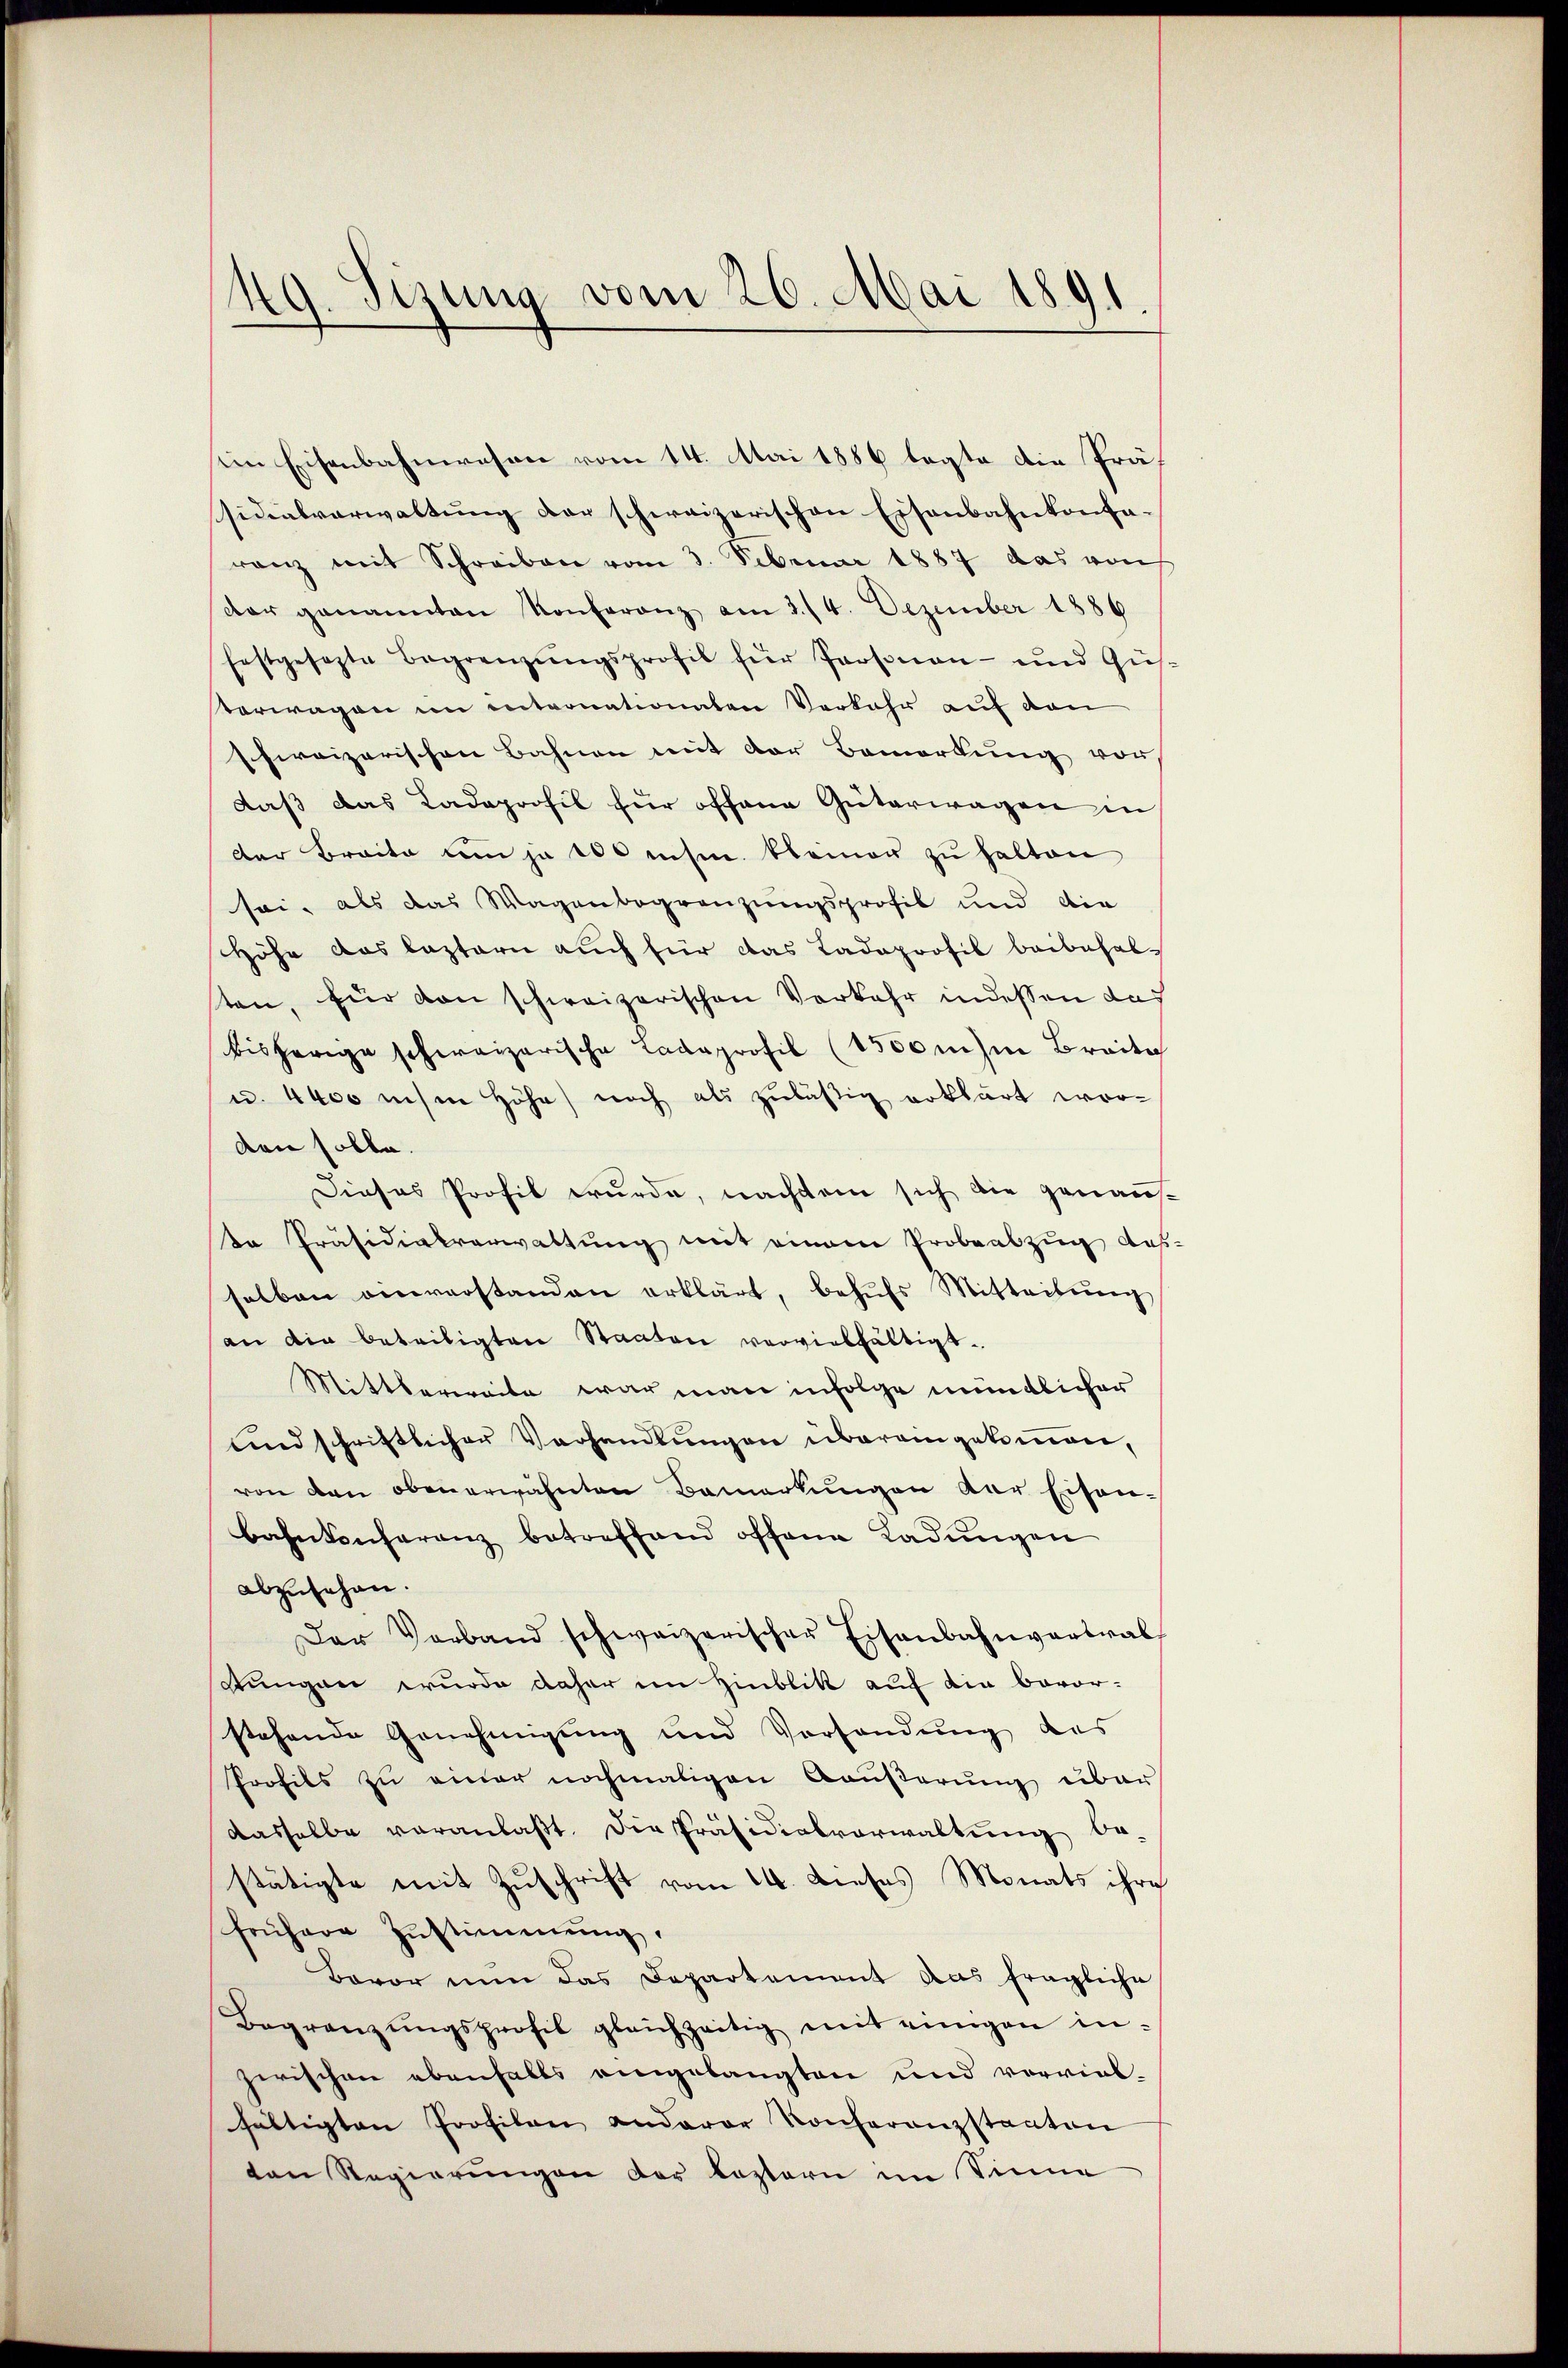
Sirung vom 26. Mai 1891
.

iin Eisenbahnwesen vom 14. Mai 1886 legte die Präsidialverwaltung der schweizerischen Eisenbahnkonta-
ranz mit Schreiben vom 3. Februar 1887 das von
dar genannten Konferanz am 2./4. Dezember 1886
festgesezte Begrenzŭngsprofil für Paosnan- und Gü
Verwagen im internationaten Verkehr auf den
schweizerischen Bahnen mit der Bemerkung von
daβ das Ladaprofil für offene Güterwagen in
der Braite um je 100 ihm kleiner zŭ halten
sei, als das Wagenbegrenzungsprofil und die
Höhe das lastern auch für das Ladaprofil beibehalten, für von schweizerischen Vorkehr indessen das
bisherige schweizerische Cadaprofil (1500 mihi Breita
u. 4400 insen Höhe noch als zuläßig erklärt worden solle.
Dieses Profil wurde, nachdem sich die genaus-
te Präsidialverwaltung mit einem Probeabzug des
selben einverstanden erklärt, behŭfs Mitteilŭng
an die beteiligten Staaten vorvielfältigt.
Mittlerweite war man infolge mündlicher
und schriftlicher Verhandlungen übereingekommen,
von den obenerwähnten Bemerkungen der Eisen-
bahnkonferenz betreffend offene Ladŭngen
abzusehen.
Der Verband schweizerischer Eisenbahnvertral
stungen wurde daher im Hinblik auf die bevorstehende Genehmigung und Vorfandung des
Profils zu einer nochmaligen Außerung über
dasselbe veranlaβt. Die Präsidialverwaltŭng be-
stätigte mit Zuschrift vom 14. Dieses Monats ihre
frühere Zustimmung.
Bavor nun das Departement das fragliche
Begränzŭngsprofil gleichzeitig mit einigen in-
zerischen ebenfalls eingelangten und verviel-
fältigten Profilen anderer Konferanzstaaten
ten Regierungen der Kostern im Sinne